Report of the Bombay Veterinary College
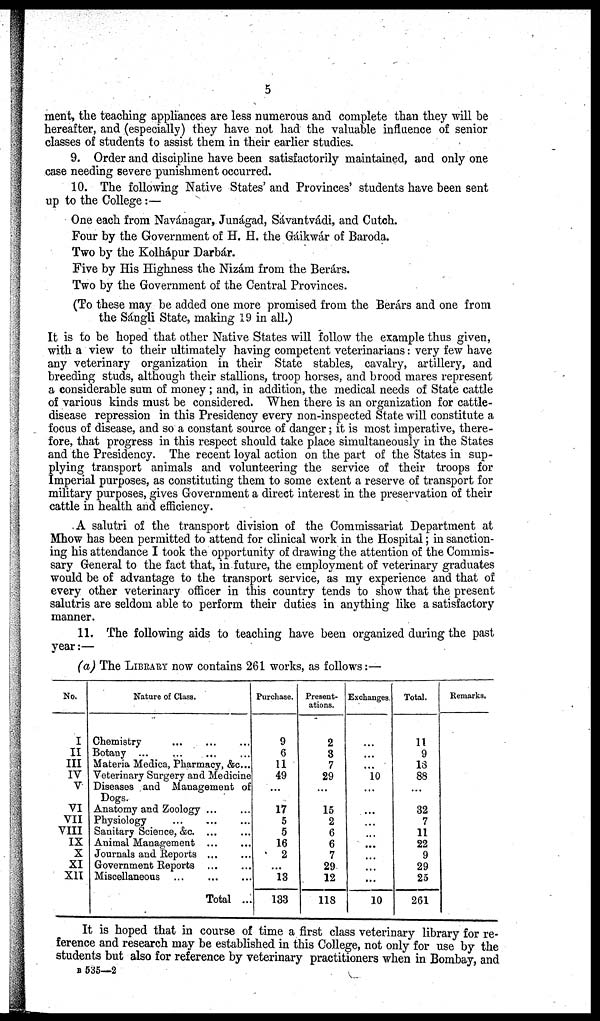
5
ment, the teaching appliances are less numerous and complete than they will be
hereafter, and (especially) they have not had the valuable influence of senior
classes of students to assist them in their earlier studies.
9. Order and discipline have been satisfactorily maintained, and only one
case needing severe punishment occurred.
10. The following Native States' and Provinces' students have been sent
up to the College:—
One each from Navánagar, Junágad, Sávantvádi, and Cutch.
Four by the Government of H. H. the Gáikwár of Baroda.
Two by the Kolhápur Darbár.
Five by His Highness the Nizám from the Berárs.
Two by the Government of the Central Provinces.
(To these may be added one more promised from the Berárs and one from
the Sángli State, making 19 in all.)
It is to be hoped that other Native States will follow the example thus given,
with a view to their ultimately having competent veterinarians: very few have
any veterinary organization in their State stables, cavalry, artillery, and
breeding studs, although their stallions, troop horses, and brood mares represent
a considerable sum of money; and, in addition, the medical needs of State cattle
of various kinds must be considered. When there is an organization for cattle-
disease repression in this Presidency every non-inspected State will constitute a
focus of disease, and so a constant source of danger; it is most imperative, there-
fore, that progress in this respect should take place simultaneously in the States
and the Presidency. The recent loyal action on the part of the States in sup-
plying transport animals and volunteering the service of their troops for
Imperial purposes, as constituting them to some extent a reserve of transport for
military purposes, gives Government a direct interest in the preservation of their
cattle in health and efficiency.
A salutri of the transport division of the Commissariat Department at
Mhow has been permitted to attend for clinical work in the Hospital; in sanction-
ing his attendance I took the opportunity of drawing the attention of the Commis-
sary General to the fact that, in future, the employment of veterinary graduates
would be of advantage to the transport service, as my experience and that of
every other veterinary officer in this country tends to show that the present
salutris are seldom able to perform their duties in anything like a satisfactory
manner.
11. The following aids to teaching have been organized during the past
year:—
(a) The LIBRARY now contains 261 works, as follows:—
No.
I
II
III
IV
V
VI
VII
VIII
IX
X
XI
XII
Nature of Class.
Chemistry ...
Botany ...
Materia Medica, Pharmacy, &c...
Veterinary Surgery and Medicine
Diseases and Management of
Dogs.
Anatomy and Zoology...
...
Physiology
...
...
Sanitary Science, &c. ...
Animal Management
...
...
Journals and Reports
...
...
Government Reports
...
...
Miscellaneous ...
...
...
Total ...
Purchase.
9
6
11
49
...
17
5
5
16
2
...
13
133
Present-
ations.
2
3
7
29
...
15
2
6
6
7
29
12
118
Exchanges.
...
...
...
10
...
...
...
...
...
...
...
...
10
Total.
11
9
13
88
...
32
7
11
22
9
29
25
261
Remarks.
It is hoped that in course of time a first class veterinary library for re-
ference and research may be established in this College, not only for use by the
students but also for reference by veterinary practitioners when in Bombay, and
B 535—2